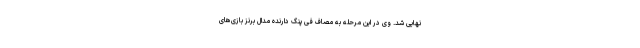
نهایی شد. وی در این مرحله به مصاف فی پنگ دارنده مدال برنز بازی‌های